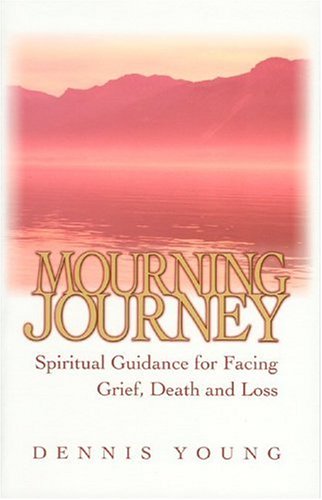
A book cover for Mourning Journey: Spiritual Guidance for Facing Grief, Death and Loss; Dennis Young; Christian Books & Bibles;